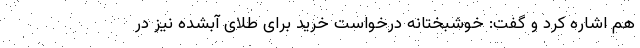
هم اشاره کرد و گفت: خوشبختانه درخواست خرید برای طلای آبشده نیز در